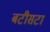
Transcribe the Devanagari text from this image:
बटीसटा